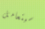
سيتعامل